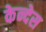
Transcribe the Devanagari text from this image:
केन्देस